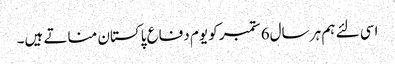
اسی لئے ہم ہر سال6 ستمبر کو یوم دفاع پاکستان مناتے ہیں۔